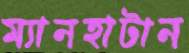
ম্যানহাটান